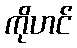
ကိုဟင်